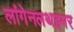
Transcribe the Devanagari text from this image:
लांगेनलथइमर